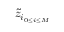
\Tilde { z } _ { i _ { 0 \leq i \leq M } }